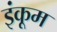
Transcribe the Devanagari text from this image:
इंकूम